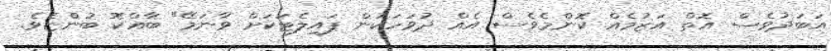
އަބަދުވެސް އޮތް އަޒުމެއް ކޮންމެވެސް އެއް ދުވަހަކުން ޕައިލެޓަކަށް ވާނަމޭ" ބާއްކޮ ބުންޏެވެ.